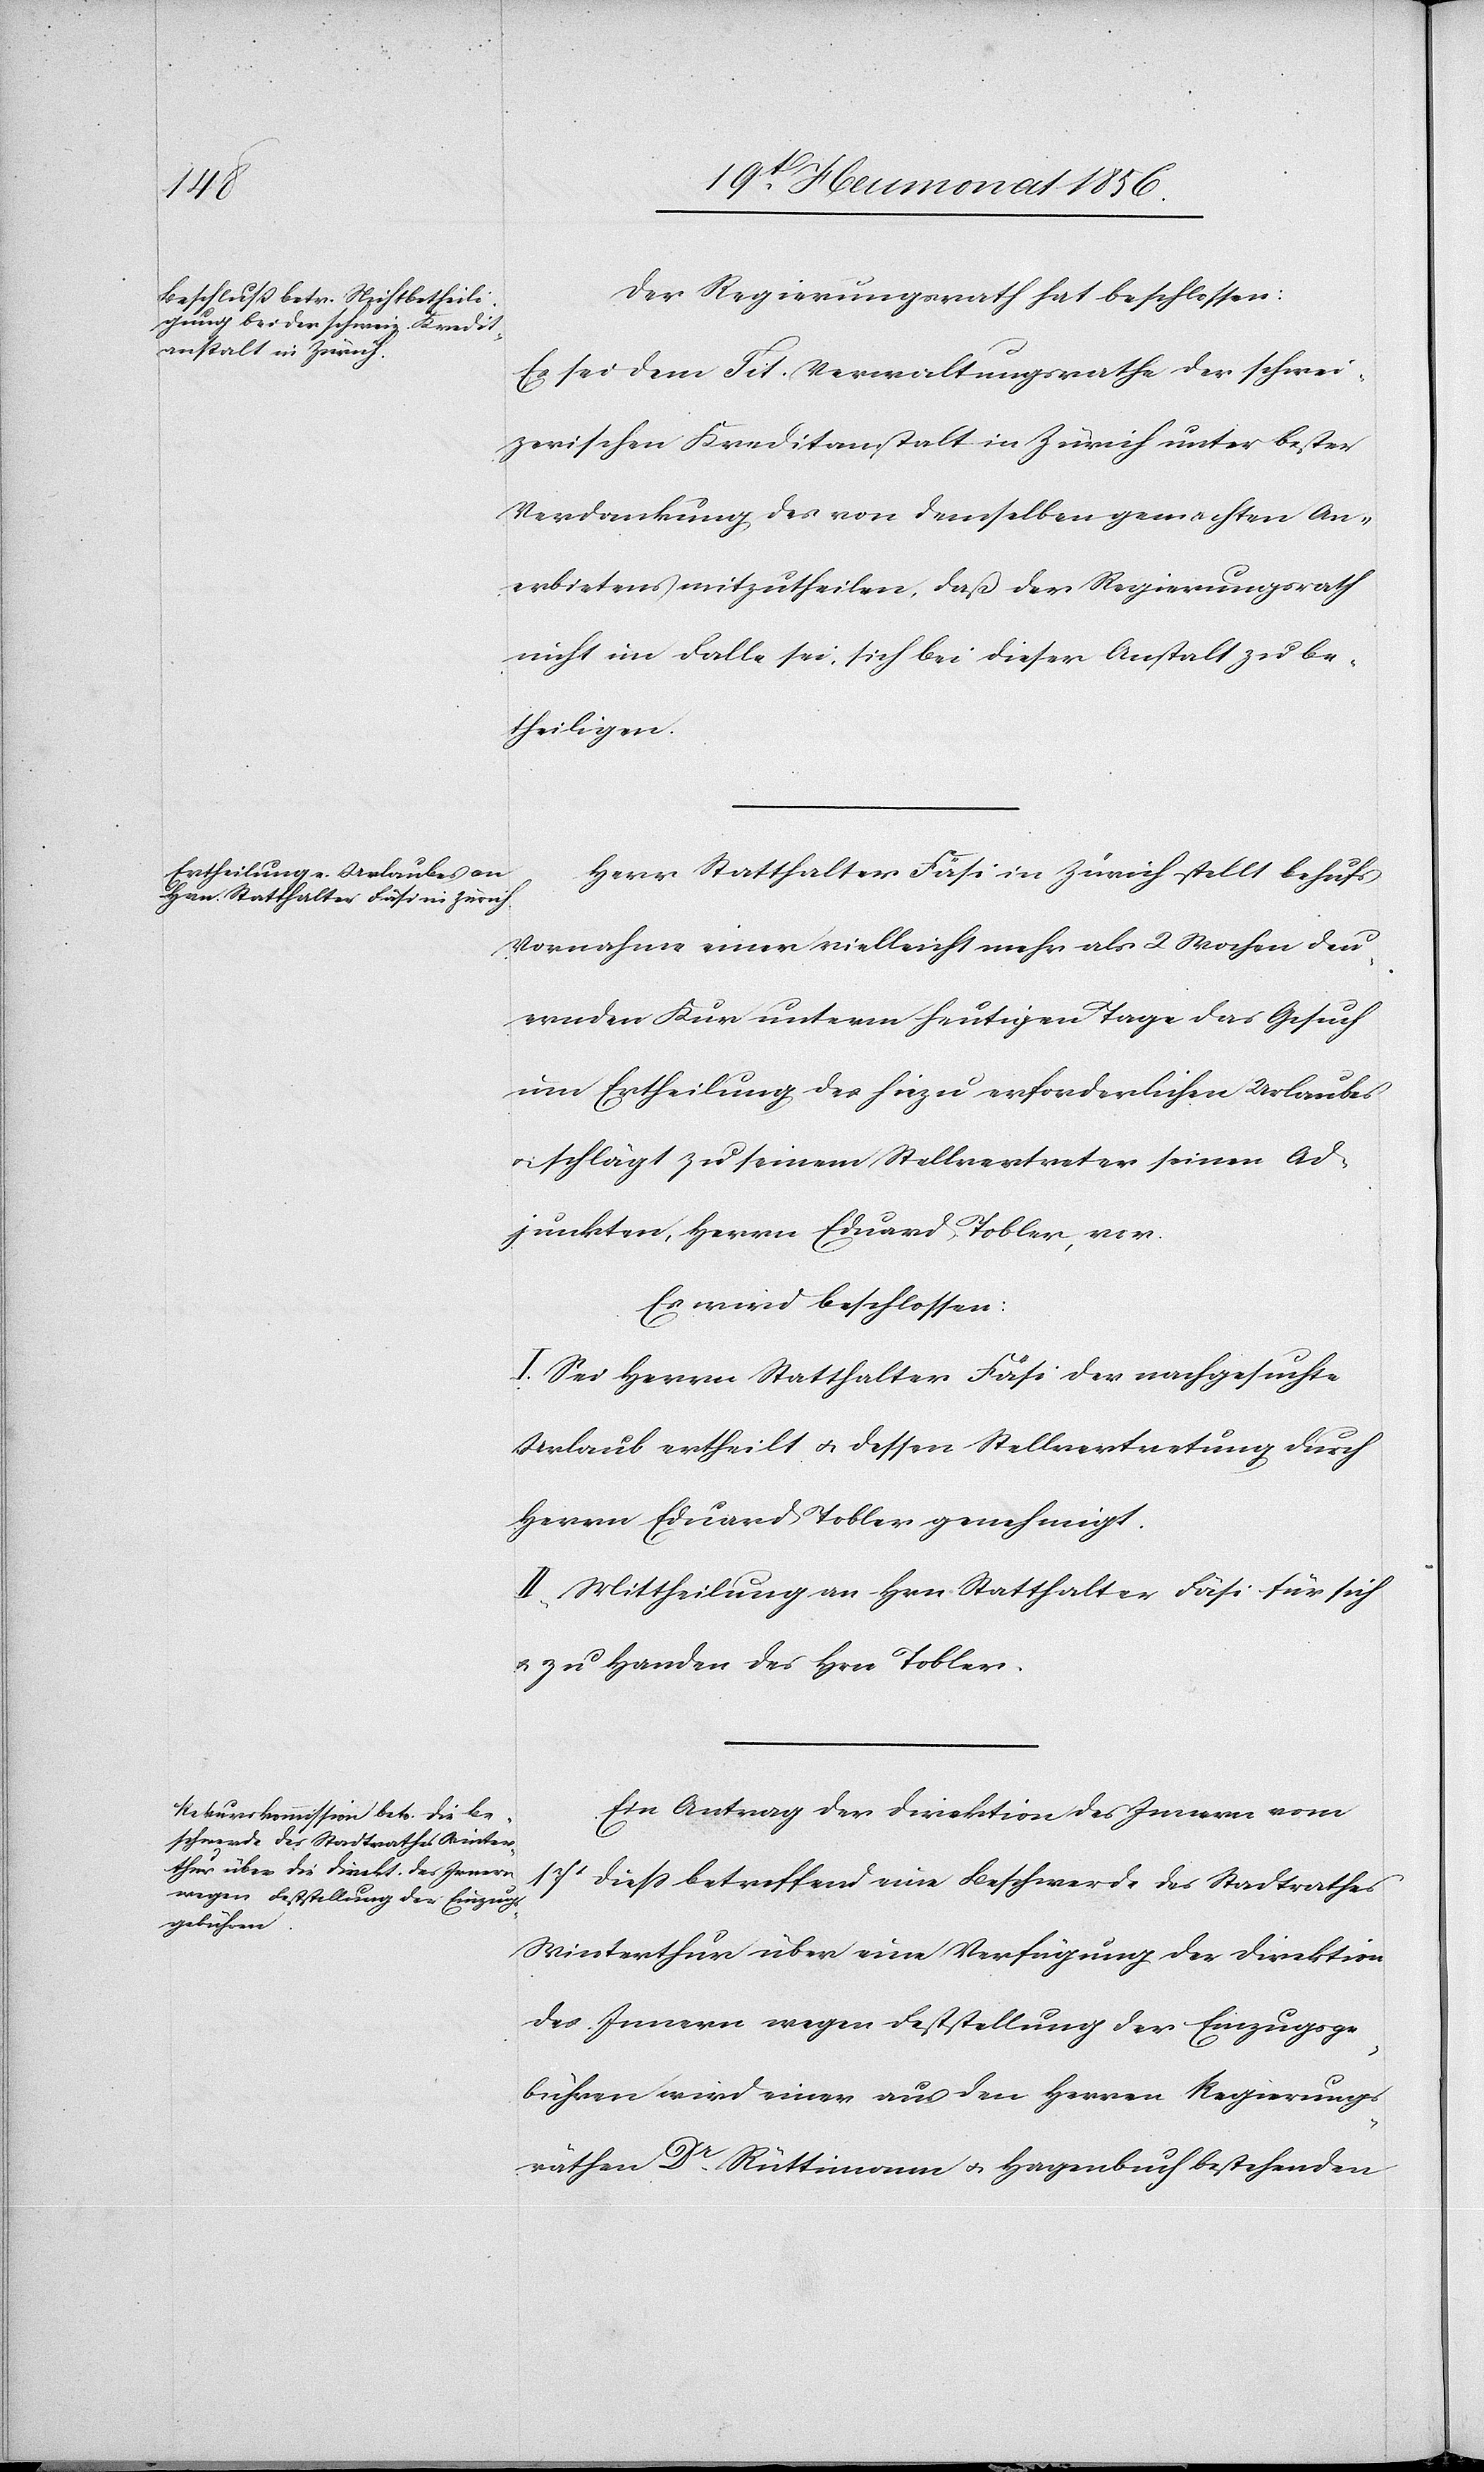
Der Regierungsrath hat beschlossen:
Es sei dem Tit. Verwaltungsrathe der schwei¬
zerischen Kreditanstalt in Zürich unter bester
Verdankung des von demselben gemachten An¬
erbietens mitzutheilen, daß der Regierungsrath
nicht im Falle sei, sich bei dieser Anstalt zu be¬
theiligen.
Herr Statthalter Fäsi in Zürich stellt behufs
Vornahme einer vielleicht mehr als 2 Wochen dau¬
ernden Kur unterm heutigen Tage das Gesuch
um Ertheilung des hiezu erforderlichen Urlaubes
u. schlägt zu seinem Stellvertreter seinen Ad¬
junkten, Herrn Eduard Tobler, vor.
Es wird beschlossen:
I. Sei Herrn Statthalter Fäsi der nachgesuchte
Urlaub ertheilt u. dessen Stellvertretung durch
Herrn Eduard Tobler genehmigt.
II. Mittheilung an Hrn Statthalter Fäsi für sich
u. zu Handen des Hrn Tobler.
Ein Antrag der Direktion des Innern vom
17t diess betreffend eine Beschwerde des Stadtrathes
Winterthur über eine Verfügung der Direktion
des Innern wegen Feststellung der Einzugsge¬
bühren wird einer aus den Herren Regierungs¬
räthen Dr Rüttimann u. Hagenbuch bestehenden